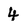
Character: 4